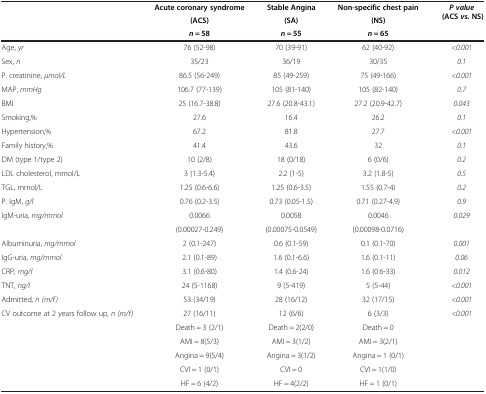
<table><thead><tr><td rowspan="3"><b> </b></td><td><b>Acute coronary syndrome</b></td><td><b>Stable Angina</b></td><td><b>Non-specific chest pain</b></td><td rowspan="3"><b><i>P value </i>(ACS <i>vs. </i>NS)</b></td></tr><tr><td><b>(ACS)</b></td><td><b>(SA)</b></td><td><b>(NS)</b></td></tr><tr><td><b><i>n =</i> 58</b></td><td><b><i>n =</i> 55</b></td><td><b><i>n =</i> 65</b></td></tr></thead><tbody><tr><td>Age, <i>yr</i></td><td>76 (52-98)</td><td>70 (39-91)</td><td>62 (40-92)</td><td><i>&lt;0.001</i></td></tr><tr><td>Sex, <i>n</i></td><td>35/23</td><td>36/19</td><td>30/35</td><td><i>0.1</i></td></tr><tr><td>P. creatinine, <i>μmol/L</i></td><td>86.5 (56-249)</td><td>85 (49-259)</td><td>75 (49-166)</td><td><i>&lt;0.001</i></td></tr><tr><td>MAP, <i>mmHg</i></td><td>106.7 (77-139)</td><td>105 (81-140)</td><td>105 (82-140)</td><td><i>0.7</i></td></tr><tr><td>BMI</td><td>25 (16.7-38.8)</td><td>27.6 (20.8-43.1)</td><td>27.2 (20.9-42.7)</td><td><i>0.043</i></td></tr><tr><td>Smoking,%</td><td>27.6</td><td>16.4</td><td>26.2</td><td><i>0.1</i></td></tr><tr><td>Hypertension,%</td><td>67.2</td><td>81.8</td><td>27.7</td><td><i>&lt;0.001</i></td></tr><tr><td>Family history,%</td><td>41.4</td><td>43.6</td><td>32</td><td><i>0.1</i></td></tr><tr><td>DM (type 1/type 2)</td><td>10 (2/8)</td><td>18 (0/18)</td><td>6 (0/6)</td><td><i>0.2</i></td></tr><tr><td>LDL cholesterol, mmol/L</td><td>3 (1.3-5.4)</td><td>2.2 (1-5)</td><td>3.2 (1.8-5)</td><td><i>0.5</i></td></tr><tr><td>TGL, mmol/L</td><td>1.25 (0.6-6.6)</td><td>1.25 (0.6-3.5)</td><td>1.55 (0.7-4)</td><td><i>0.2</i></td></tr><tr><td>P. IgM, <i>g/l</i></td><td>0.76 (0.2-3.5)</td><td>0.73 (0.05-1.5)</td><td>0.71 (0.27-4.9)</td><td><i>0.9</i></td></tr><tr><td rowspan="2">IgM-uria, <i>mg/mmol</i></td><td>0.0066</td><td>0.0058</td><td>0.0046</td><td rowspan="2"><i>0.029</i></td></tr><tr><td>(0.00027-0.249)</td><td>(0.00075-0.0549)</td><td>(0.00098-0.0716)</td></tr><tr><td>Albuminuria, <i>mg/mmol</i></td><td>2 (0.1-247)</td><td>0.6 (0.1-59)</td><td>0.1 (0.1-70)</td><td><i>0.001</i></td></tr><tr><td>IgG-uria, <i>mg/mmol</i></td><td>2.1 (0.1-89)</td><td>1.6 (0.1-6.6)</td><td>1.6 (0.1-11)</td><td><i>0.06</i></td></tr><tr><td>CRP, <i>mg/l</i></td><td>3.1 (0.6-80)</td><td>1.4 (0.6-24)</td><td>1.6 (0.6-33)</td><td><i>0.012</i></td></tr><tr><td>TNT, <i>ng/l</i></td><td>24 (5-1168)</td><td>9 (5-419)</td><td>5 (5-44)</td><td><i>&lt;0.001</i></td></tr><tr><td>Admitted, <i>n (m/f)</i></td><td>53 (34/19)</td><td>28 (16/12)</td><td>32 (17/15)</td><td><i>&lt;0.001</i></td></tr><tr><td rowspan="6">CV outcome at 2 years follow up, <i>n (m/f)</i></td><td>27 (16/11)</td><td>12 (6/6)</td><td>6 (3/3)</td><td rowspan="6"><i>&lt;0.001</i></td></tr><tr><td>Death = 3 (2/1)</td><td>Death = 2(2/0)</td><td>Death = 0</td></tr><tr><td>AMI = 8(5/3)</td><td>AMI = 3(1/2)</td><td>AMI = 3(2/1)</td></tr><tr><td>Angina = 9(5/4)</td><td>Angina = 3(1/2)</td><td>Angina = 1 (0/1)</td></tr><tr><td>CVI = 1 (0/1)</td><td>CVI = 0</td><td>CVI = 1(1/0)</td></tr><tr><td>HF = 6 (4/2)</td><td>HF = 4(2/2)</td><td>HF = 1 (0/1)</td></tr></tbody></table>